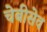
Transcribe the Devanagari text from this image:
चेबीसेव